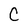
Character: C